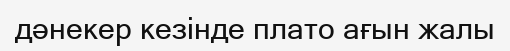
дәнекер кезінде плато ағын жалы